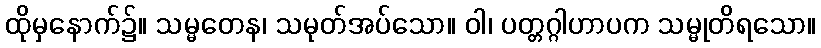
ထိုမှနောက်၌။ သမ္မတေန၊ သမုတ်အပ်သော။ ဝါ၊ ပတ္တဂ္ဂါဟာပက သမ္မုတိရသော။